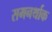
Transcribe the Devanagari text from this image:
समनर्थाक